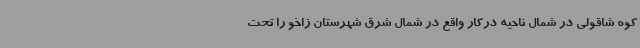
کوه شاقولی در شمال ناحیه درکار واقع در شمال شرق شهرستان زاخو را تحت